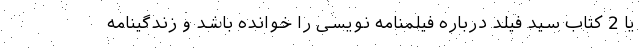
یا 2 کتاب سید فیلد درباره فیلمنامه نویسی را خوانده باشد و زندگینامه